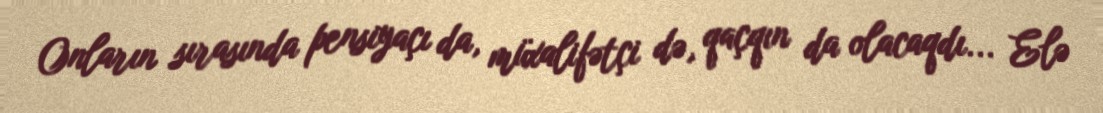
Onların sırasında pensiyaçı da, müxalifətçi də, qaçqın da olacaqdı... Elə